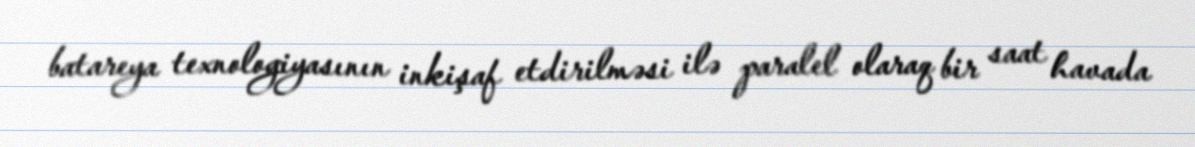
batareya texnologiyasının inkişaf etdirilməsi ilə paralel olaraq bir saat havada